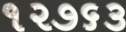
૧૨૭૬૩